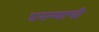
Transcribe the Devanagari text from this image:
घराम्याची